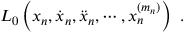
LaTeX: L _ { 0 } \left( x _ { n } , \dot { x } _ { n } , \ddot { x } _ { n } , \cdots , x _ { n } ^ { ( m _ { n } ) } \right) \ .